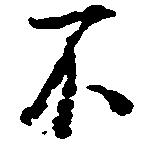
不